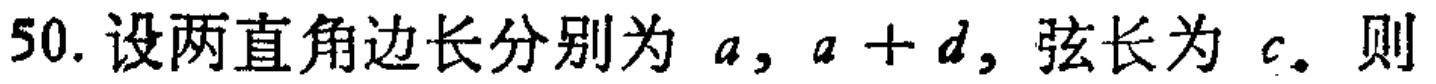
50. 设两直角边长分别为 \(a,a + d\)，弦长为 \(c\)。则